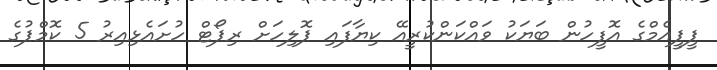
ޕީޕީއެމްގެ އޮފީހުން ބަޔަކު ވައްކަންކުރީއޭ ކިޔާފައި ޕޮލިހަށް ރިޕޯޓް ހުށައެޅިއިރު 5 ކޮމްޕުގެ